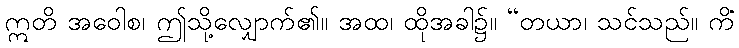
ဣတိ အဝေါစ၊ ဤသို့လျှောက်၏။ အထ၊ ထိုအခါ၌။ “တယာ၊ သင်သည်။ ကိံ